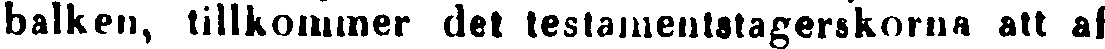
balken, tillkommer det testaineutstagerskorna att af